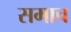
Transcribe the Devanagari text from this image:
समाच